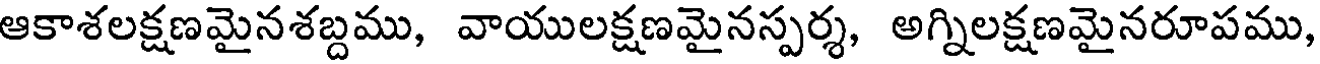
ఆకాశలక్షణమైనశబ్దము, వాయులక్షణమైనస్పర్శ, అగ్నిలక్షణమైనరూపము,